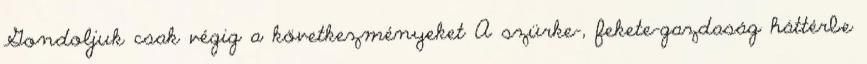
Gondoljuk csak végig a következményeket A szürke-, fekete-gazdaság háttérbe